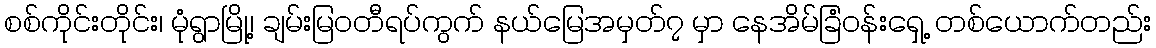
စစ်ကိုင်းတိုင်း၊ မုံရွာမြို့၊ ချမ်းမြဝတီရပ်ကွက် နယ်မြေအမှတ်၇ မှာ နေအိမ်ခြံဝန်းရှေ့ တစ်ယောက်တည်း